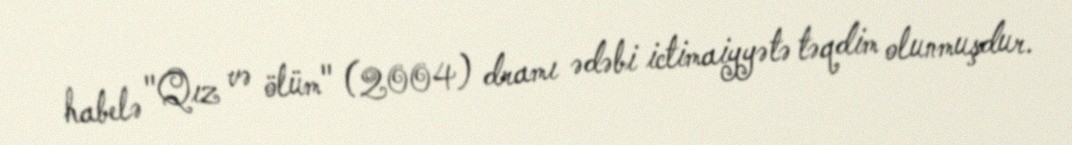
habelə "Qız və ölüm" (2004) dramı ədəbi ictimaiyyətə təqdim olunmuşdur.